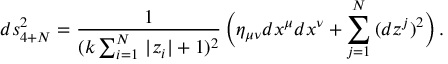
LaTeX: d s _ { 4 + N } ^ { 2 } = \frac { 1 } { ( k \sum _ { i = 1 } ^ { N } \, | z _ { i } | + 1 ) ^ { 2 } } \, \Big ( \eta _ { \mu \nu } d x ^ { \mu } d x ^ { \nu } + \sum _ { j = 1 } ^ { N } \, ( d z ^ { j } ) ^ { 2 } \Big ) \, .